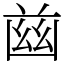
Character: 𦱳